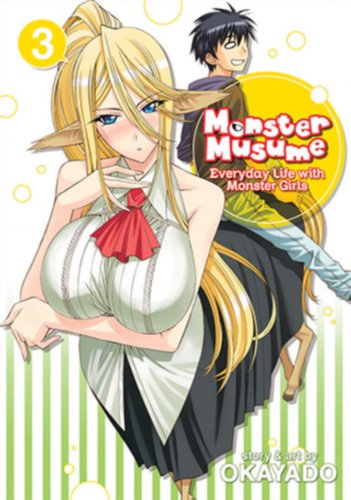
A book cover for Monster Musume, Vol. 3; OKAYADO; Comics & Graphic Novels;